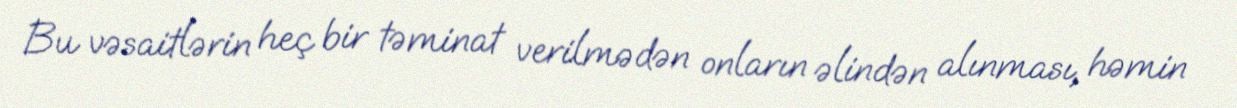
Bu vəsaitlərin heç bir təminat verilmədən onların əlindən alınması, həmin